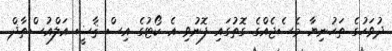
ދުވަހުގެ ތަހުނިޔާ މެސެޖެއްގެ ގޮތުގައި ފޮނުވި އެ ކޯޓުގެ އިސް ޤާޟީ އަލްއުސްތާޛް